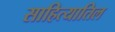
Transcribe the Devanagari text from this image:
साहित्यातिल